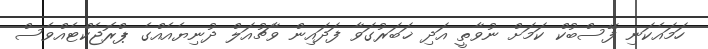
ހަމައެކަނި ފޭސްބުކް ކަމަށް ނުވާތީ އަދި ޚަބަރުގަވާ ފަދައިން ވާޗުއަލް ދުނިޔެއެއްގެ ޕްރޮޖެކްޓެއްވެސް